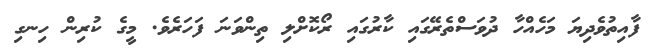
ފާއިތުވެދިޔަ މަހެއްހާ ދުވަސްތެރޭގައި ކާރުގައި ރޯކޮށްލި ތިންވަނަ ފަހަރެވެ. މީގެ ކުރިން ހިނގި